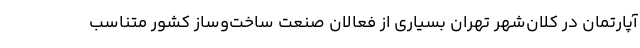
آپارتمان در کلان‌شهر تهران بسیاری از فعالان صنعت ساخت‌وساز کشور متناسب